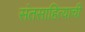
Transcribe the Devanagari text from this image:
संतसाहित्याची